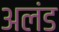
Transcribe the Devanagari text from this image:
अलंड